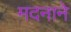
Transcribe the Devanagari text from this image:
मदनाने